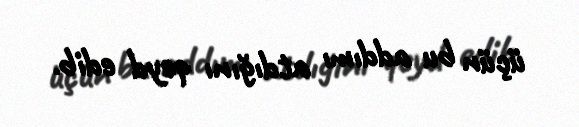
üçün bu addımı atdığını qeyd edib.